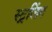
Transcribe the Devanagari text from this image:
स्ट्रलिंग